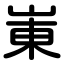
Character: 崬